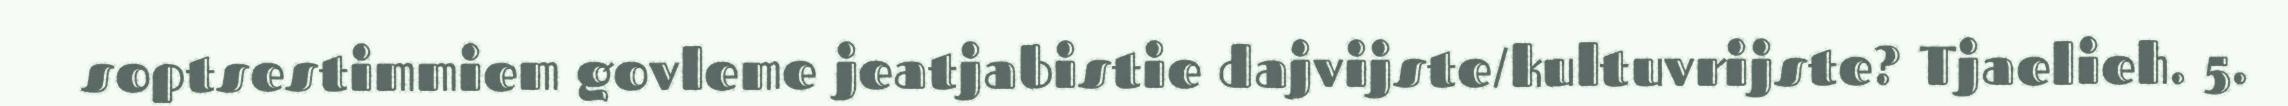
soptsestimmiem govleme jeatjabistie dajvijste/kultuvrijste? Tjaelieh. 5.